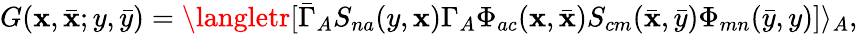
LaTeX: G(\mathbf{x},\bar{{\mathbf{x}}};y,\bar{{y}})=\langletr[\bar{{\Gamma}}_{A}S_{na}(y,\mathbf{x})\Gamma_{A}\Phi_{ac}(\mathbf{x},\bar{{\mathbf{x}}})S_{cm}(\bar{{\mathbf{x}}},\bar{{y}})\Phi_{mn}(\bar{{y}},y)]\rangle_{A},